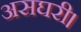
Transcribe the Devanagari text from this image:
असघरी।